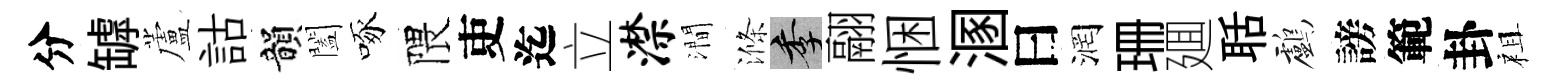
分罅蘆詁韻闔啄隈吏迄立潸澗滌季翮悃溷曰润珊廽聒鸕謗範卦祖